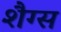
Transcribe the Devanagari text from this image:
शैग्स